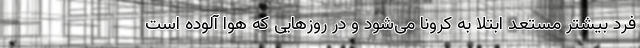
فرد بیشتر مستعد ابتلا به کرونا می‌شود و در روز‌هایی که هوا آلوده است